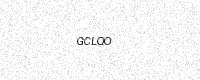
Text: GCLQO